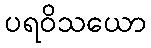
ပရဝိသယော